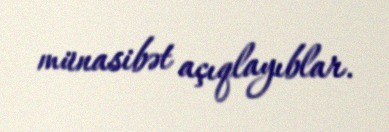
münasibət açıqlayıblar.